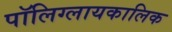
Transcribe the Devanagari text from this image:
पॉलिग्लायकालिक